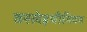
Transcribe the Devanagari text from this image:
क्स्लेइथीनियन